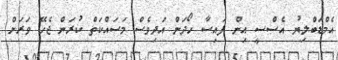
އެމްޑަބްލިޔު އެސްސީ އިން ފައިސާ ހޯދަން އަދިވެސް މަސައްކަތް ކުރަން ޖެހޭ ވަރަށް